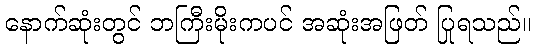
နောက်ဆုံးတွင် ဘကြီးမိုးကပင် အဆုံးအဖြတ် ပြုရသည်။